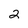
Character: 2